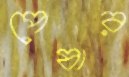
পেষার